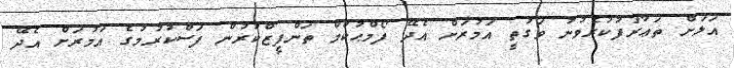
އަލަށް ތަޢާރަފުކުރެވުނު ވަގުތީ އަމުރަށް އެދޭ ފޯމްޙުކުމް ތަންފީޒްކުރުން ފަސްކުރުމުގެ އަމުރަށް އެދޭ